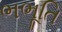
ભભૂતિ